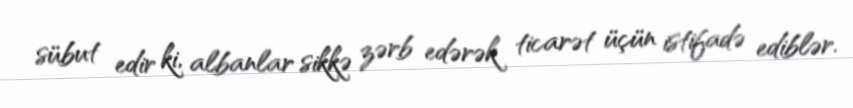
sübut edir ki, albanlar sikkə zərb edərək ticarət üçün istifadə ediblər.